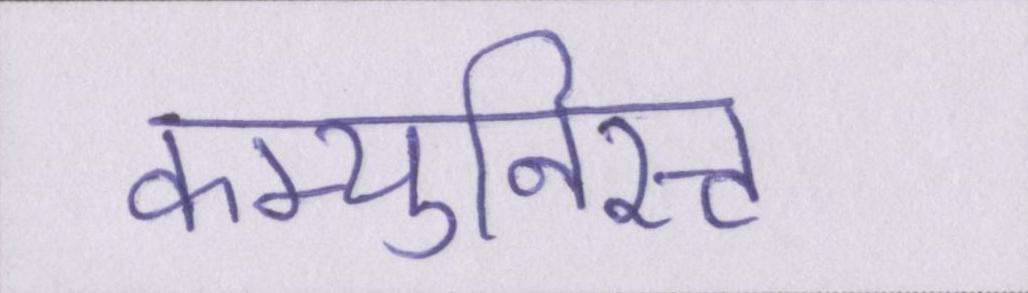
कम्युनिस्ट